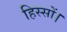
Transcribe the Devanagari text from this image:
हिस्सों।